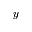
y